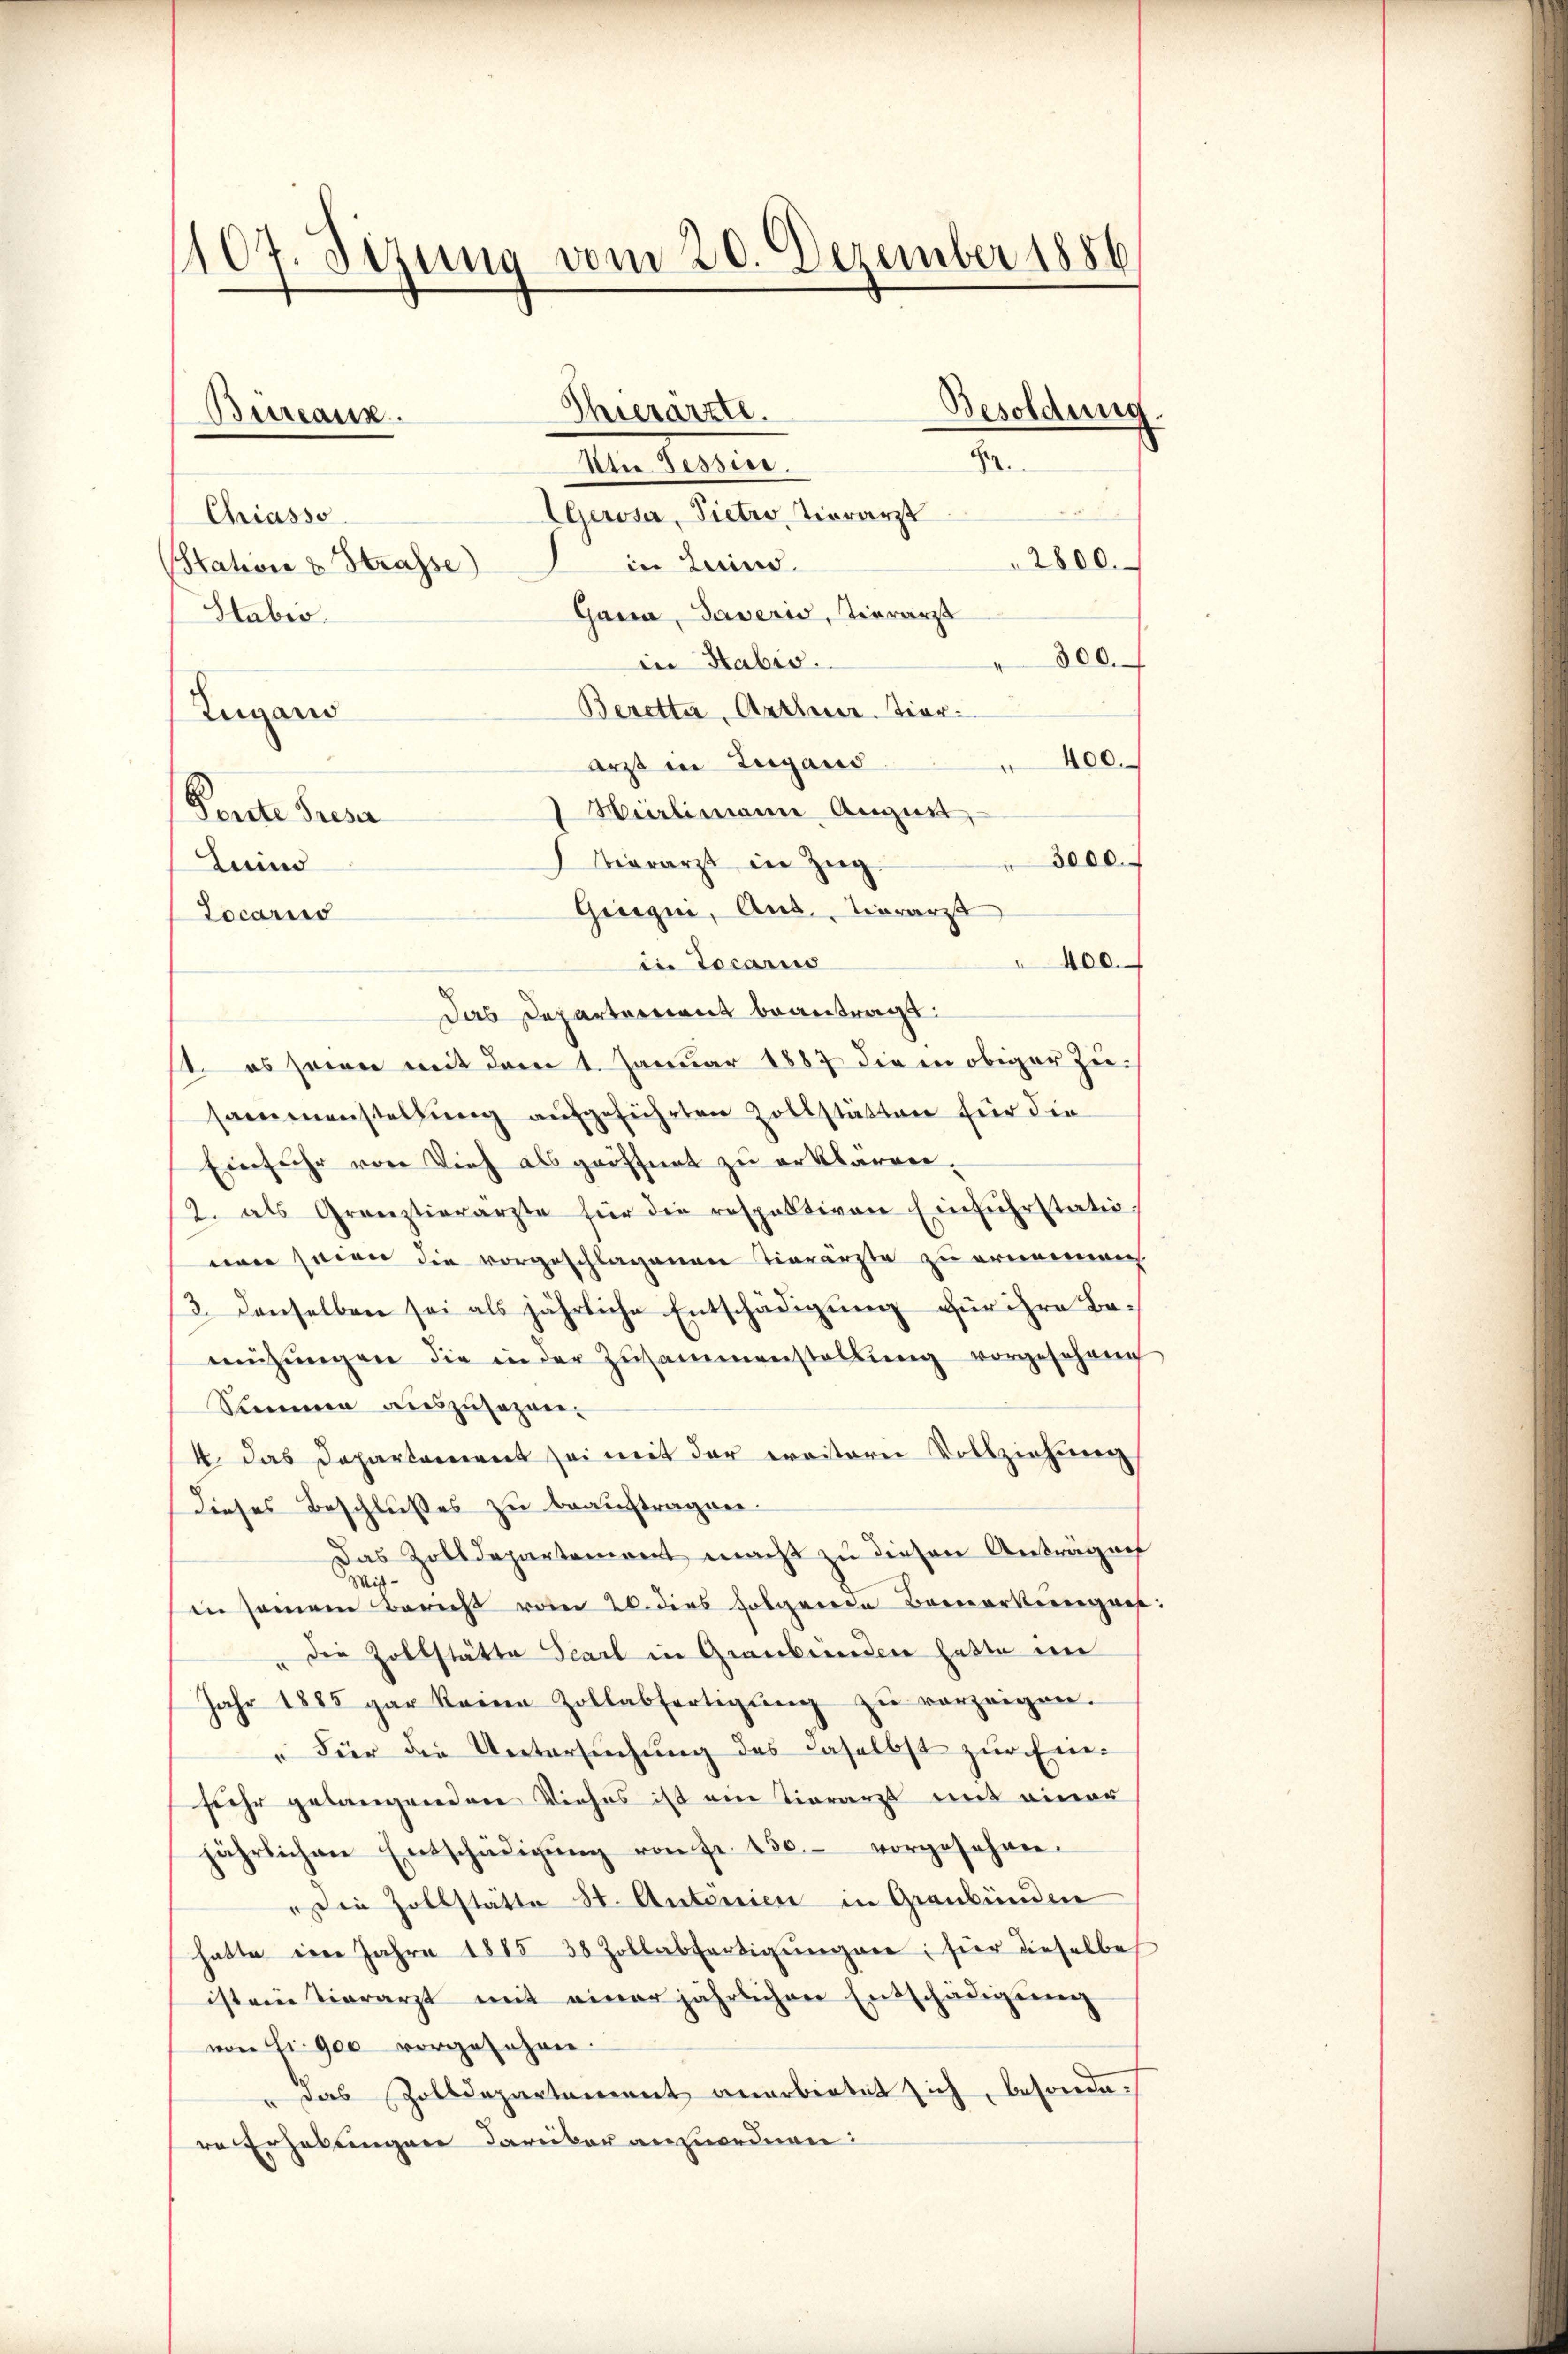
107. Sizung vom 20. Dezember 1886

Büreaux.

Thierarzte.
Utie. Tessire.
Geroser, Pietro Tierarzt
Chiasso
in Luind.
(Station & Strasse)
Gana, Javeris, vierarzt
Stabes.
in Habis.
Beretta, Antheuer. Tier¬
Zuganis
" 400.
arzt in Zugand
 Hürlimann Augus
Perete Presa
3000.
vierarzt in Zug.
Lain
Gregii, Aus Tierarzt
Locarius
400.
in Locariis
Das Departement beantragt:
1. es seien mit dem 1. Januar 1887 die in obiger Zusammenstellung aufgeführten Zollstätten für die
Einfuhr von Vieh als geöffnet zu erklären.
12. als Gränztierarzte für die respektiven Einführstatio
nen seien die vorgeschlagenen Tierärzte zu ernenweg.
3. denselben sei als jährliche Entschädigung für ihre Benŭtzŭngen die in der Zusammenstallŭng vorgeseheng
Summe auszusagen.
4. Das Departement sei mit der ereitere Vollziehung
Dieses Beschlußes zu beauftragen.
Das Zolldepartement macht zu diesen Anträgnis
in seinem Bericht roter 20. dies folgereie Bemerkungen:
" die Zollstätte Scarl in Graubünden hatte im
Jahr 1885 gar keine Zollabfertigŭng zŭ verzeigen.
"Für die Untersuchung des daselbst zur Einsiehe gelangendere Viehes ist eine Tierarzt mit einer
jährlichen Entschädigŭng von fr. 130. vorgesehen-
ie Zollstätte St. Antonien in Graubünden
hatte im Jahre 1885 38 Zollabfertigŭngen; hier dieselbe
ist ein Tierarzt mit einer jährlichen Entschädigung
von Fr. 900 vorgesehen.
" das Zolldepartement anerbietet sich, besonde.
re Erhebungen darüber anzuordnen:

Besoldung

d

2800.

300.